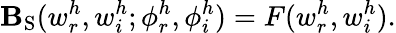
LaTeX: \mathbf{B}_{\mathrm{{S}}}(w_{r}^{h},w_{i}^{h};\phi_{r}^{h},\phi_{i}^{h})=F(w_{r}^{h},w_{i}^{h}).